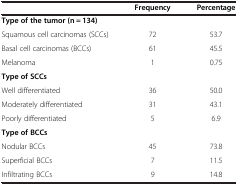
<table><thead><tr><td><b> </b></td><td><b>Frequency</b></td><td><b>Percentage</b></td></tr></thead><tbody><tr><td><b>Type of the tumor (n = 134)</b></td><td> </td><td> </td></tr><tr><td>Squamous cell carcinomas (SCCs)</td><td>72</td><td>53.7</td></tr><tr><td>Basal cell carcinomas (BCCs)</td><td>61</td><td>45.5</td></tr><tr><td>Melanoma</td><td>1</td><td>0.75</td></tr><tr><td><b>Type of SCCs</b></td><td> </td><td> </td></tr><tr><td>Well differentiated</td><td>36</td><td>50.0</td></tr><tr><td>Moderately differentiated</td><td>31</td><td>43.1</td></tr><tr><td>Poorly differentiated</td><td>5</td><td>6.9</td></tr><tr><td><b>Type of BCCs</b></td><td> </td><td> </td></tr><tr><td>Nodular BCCs</td><td>45</td><td>73.8</td></tr><tr><td>Superficial BCCs</td><td>7</td><td>11.5</td></tr><tr><td>Infiltrating BCCs</td><td>9</td><td>14.8</td></tr></tbody></table>